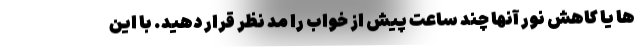
ها یا کاهش نور آنها چند ساعت پیش از خواب را مد نظر قرار دهید. با این